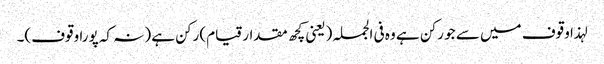
لہذا وقوف میں سے جو رکن ہے وہ فی الجملہ (یعنی کچھ مقدار قیام) رکن ہے (نہ کہ پورا وقوف)۔